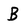
Character: B